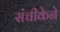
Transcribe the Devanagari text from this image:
संचीकेने